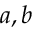
a , b